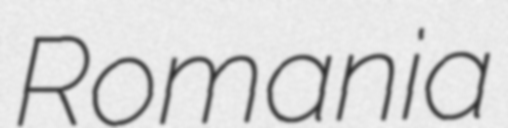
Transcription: Romania